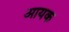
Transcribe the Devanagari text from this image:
आयक